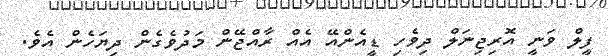
ފީލް ވަނީ އޮރިޖިނަލް ދިވެހި ޑީއެންއޭ އެއް ރާއްޖޭން މަދުވެގެން ދިޔަހެން އެވެ.